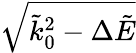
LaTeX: \sqrt{\tilde{k}_{0}^{2}-\Delta\tilde{E}}